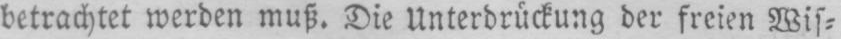
betrachtet werden muß. Die Unterdrückung der freien Wis⸗